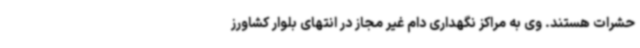
حشرات هستند. وی به مراکز نگهداری دام غیر مجاز در انتهای بلوار کشاورز